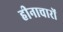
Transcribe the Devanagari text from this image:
हीनाचारों